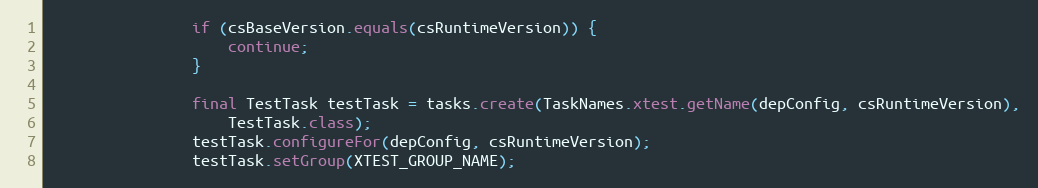
Language: Java
                if (csBaseVersion.equals(csRuntimeVersion)) {
                    continue;
                }

                final TestTask testTask = tasks.create(TaskNames.xtest.getName(depConfig, csRuntimeVersion),
                    TestTask.class);
                testTask.configureFor(depConfig, csRuntimeVersion);
                testTask.setGroup(XTEST_GROUP_NAME);